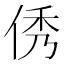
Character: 𠉑